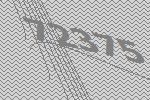
72375